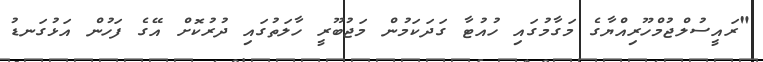
"ރައީސުލްޖުމްހޫރިއްޔާގެ މަގާމުގައި ހުއުޓާ ގަދަކަމުން މަޖުބޫރީ ހާލަތުގައި ދުރުކޮށް އޭގެ ފަހުން އަޅުގަނޑު